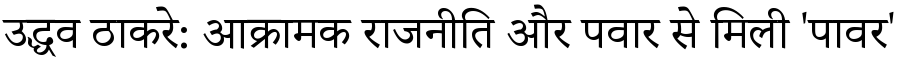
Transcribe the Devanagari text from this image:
उद्धव ठाकरे: आक्रामक राजनीति और पवार से मिली 'पावर'